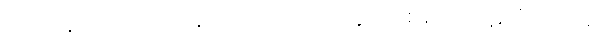
ဋ္ဌ-ဒု-အုပ်-၆၂။ ဥပါဒါန်လေးပါးမှ ကင်းလွတ်စေနည်း၊ ပဋိသံ-ပါ-၂၄၂၊